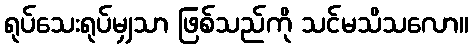
ရုပ်သေးရုပ်မျှသာ ဖြစ်သည်ကို သင်မသိသလော။